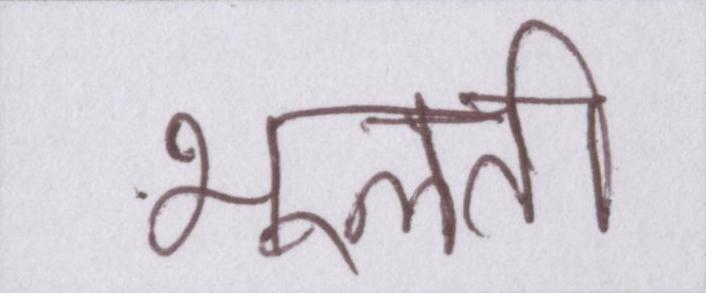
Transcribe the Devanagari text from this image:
भूलती